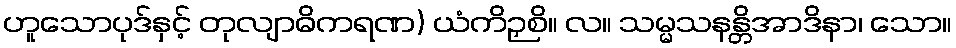
ဟူသောပုဒ်နှင့် တုလျာဓိကရဏ) ယံကိဉှစိ။ လ။ သမ္မသနန္တိအာဒိနာ၊ သော။